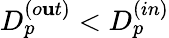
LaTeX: D_{p}^{(o\mathbf{u}t)}<D_{p}^{(in)}